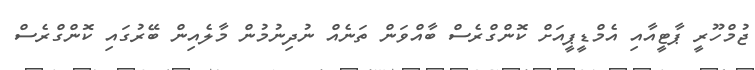
ޖުމްހޫރީ ޕާޓީއާއި އެމްޑީޕީއަށް ކޮންގްރެސް ބާއްވަން ތަނެއް ނުދިނުމުން މާލެއިން ބޭރުގައި ކޮންގްރެސް